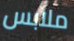
ملابس